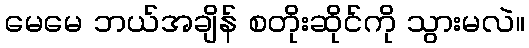
မေမေ ဘယ်အချိန် စတိုးဆိုင်ကို သွားမလဲ။